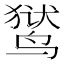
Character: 𬸚